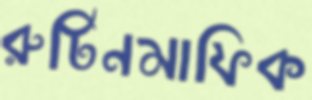
রুটিনমাফিক